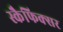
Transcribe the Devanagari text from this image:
स्कैफिक्सर